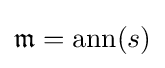
{\mathfrak {m}}=\operatorname {ann} (s)